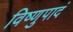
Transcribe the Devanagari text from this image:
विष्णुपादं